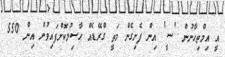
އީ އިމްތިޙާނުން 'ސީ' އިން ފެށިގެން މަތީ ގްރޭޑެއް ޙާސިލުކޮށްފައިވުން އިން 550